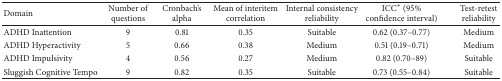
| Domain | Number of questions | Cronbach's alpha | Mean of interitem correlation | Internal consistency reliability | ICC∗ (95% confidence interval) | Test-retest reliability |
 | --- | --- | --- | --- | --- | --- | --- |
 | ADHD Inattention | 9 | 0.81 | 0.35 | Suitable | 0.62 (0.37–0.77) | Medium |
 | ADHD Hyperactivity | 5 | 0.66 | 0.38 | Medium | 0.51 (0.19–0.71) | Medium |
 | ADHD Impulsivity | 4 | 0.56 | 0.27 | Medium | 0.82 (0.70–89) | Suitable |
 | Sluggish Cognitive Tempo | 9 | 0.82 | 0.35 | Suitable | 0.73 (0.55–0.84) | Suitable |